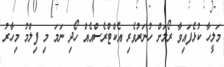
މަލީހާ ކުޅެފައިވާ ރޯލަށް ހުނަރުވެރި އެކްޓްރެސްއެއް ހޯދި ނަމަ މި ފިލްމު މިހާރު